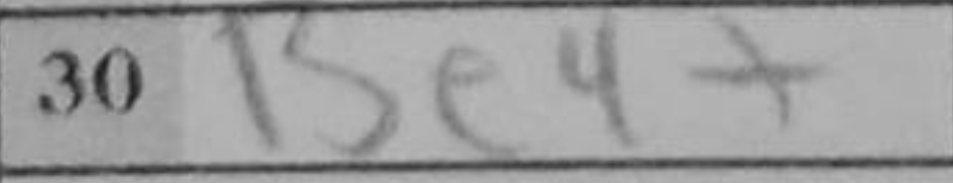
Transcription: Be4+